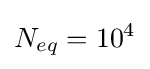
N_{eq}=10^{4}